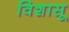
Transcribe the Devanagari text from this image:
विशासू